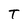
Character: T